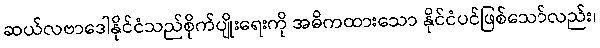
ဆယ်လဗာဒေါနိုင်ငံသည်စိုက်ပျိုးရေးကို အဓိကထားသော နိုင်ငံပင်ဖြစ်သော်လည်း၊